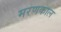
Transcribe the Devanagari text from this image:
मरणकाल